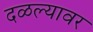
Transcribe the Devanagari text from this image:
दळल्यावर